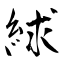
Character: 絿